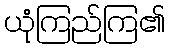
ယုံကြည်ကြ၏